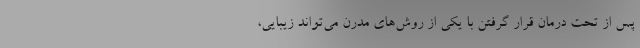
پس از تحت درمان قرار گرفتن با یکی از روش‌های مدرن می‌تواند زیبایی،